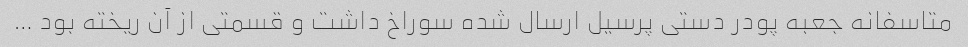
متاسفانه جعبه پودر دستی پرسیل ارسال شده سوراخ داشت و قسمتی از آن ریخته بود …